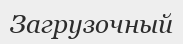
Загрузочный